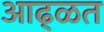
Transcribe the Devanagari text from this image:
आढ्ळत